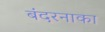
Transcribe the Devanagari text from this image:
बंदरनाका